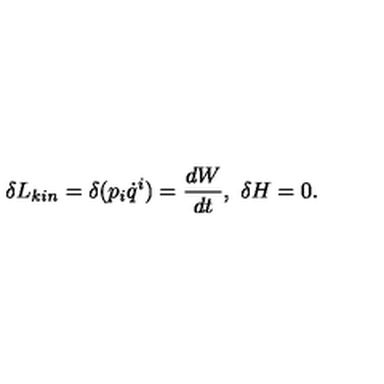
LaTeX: \delta L _ { k i n } = \delta ( p _ { i } \dot { q } ^ { i } ) = \frac { d W } { d t } , \ \delta H = 0 .